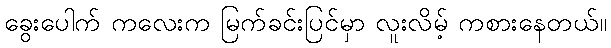
ခွေးပေါက် ကလေးက မြက်ခင်းပြင်မှာ လူးလိမ့် ကစားနေတယ်။